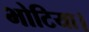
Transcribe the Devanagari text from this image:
भोटिया।